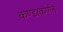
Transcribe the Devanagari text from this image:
कण्डाकर्णन